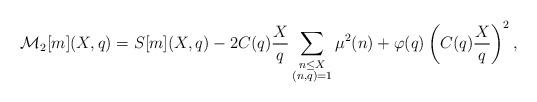
LaTeX: \begin{align*}\mathcal{M}_2[m](X,q)=S[m](X,q) - 2C(q)\dfrac{X}{q}\sum_{\substack{n\leq X\\ (n,q)=1}}\mu^2(n)+\varphi(q)\left(C(q)\dfrac{X}{q}\right)^2,\end{align*}